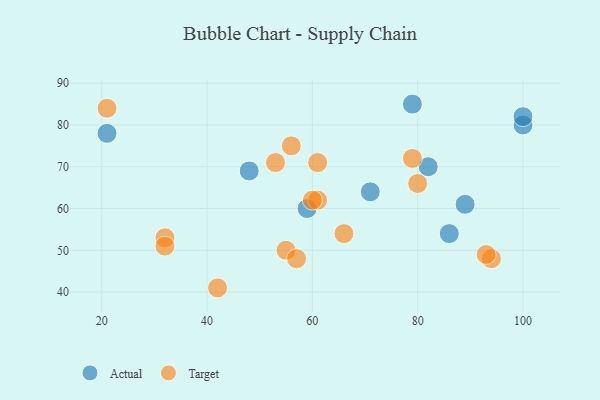
{"axis": {"x": "GDP", "y": "Life Expectancy"}, "legend": ["Actual", "Target"], "data": [{"x": "59", "y": 60, "type": "Actual"}, {"x": "82", "y": 70, "type": "Actual"}, {"x": "100", "y": 80, "type": "Actual"}, {"x": "71", "y": 64, "type": "Actual"}, {"x": "89", "y": 61, "type": "Actual"}, {"x": "86", "y": 54, "type": "Actual"}, {"x": "100", "y": 82, "type": "Actual"}, {"x": "21", "y": 78, "type": "Actual"}, {"x": "79", "y": 85, "type": "Actual"}, {"x": "48", "y": 69, "type": "Actual"}, {"x": "55", "y": 50, "type": "Target"}, {"x": "80", "y": 66, "type": "Target"}, {"x": "32", "y": 53, "type": "Target"}, {"x": "61", "y": 62, "type": "Target"}, {"x": "32", "y": 51, "type": "Target"}, {"x": "61", "y": 71, "type": "Target"}, {"x": "53", "y": 71, "type": "Target"}, {"x": "94", "y": 48, "type": "Target"}, {"x": "21", "y": 84, "type": "Target"}, {"x": "42", "y": 41, "type": "Target"}, {"x": "56", "y": 75, "type": "Target"}, {"x": "66", "y": 54, "type": "Target"}, {"x": "60", "y": 62, "type": "Target"}, {"x": "93", "y": 49, "type": "Target"}, {"x": "79", "y": 72, "type": "Target"}, {"x": "57", "y": 48, "type": "Target"}]}